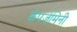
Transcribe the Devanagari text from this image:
कॅपजेमिनी